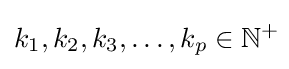
k_{1},k_{2},k_{3},\dots ,k_{p}\in \mathbb {N} ^{+}\!